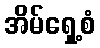
အိမ်ရှေ့စံ